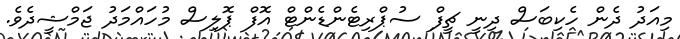
މިއަދު ދެން ހެކިބަސް ދިނީ ޗީފް ސުޕްރިޓެންޑެންޓް އޮފް ޕޮލިސް މުހައްމަދު ޖަމްޝީދެވެ.